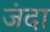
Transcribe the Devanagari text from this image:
जंदा